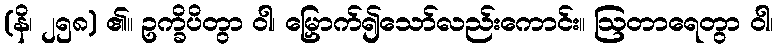
(နိ၊ ၂၅၈) ၏။ ဥက္ခိပိတွာ ဝါ၊ မြှောက်၍သော်လည်းကောင်း။ ဩတာရေတွာ ဝါ၊